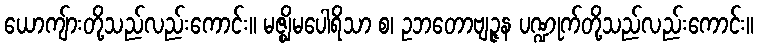
ယောကျ်ားတို့သည်လည်းကောင်း။ မဇ္ဈိမပေါရိသာ စ၊ ဥဘတောဗျဉ္ဇန ပဏ္ဍုက်တို့သည်လည်းကောင်း။